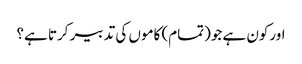
اورکون ہے جو(تمام) کاموں کی تدبیر کرتا ہے؟